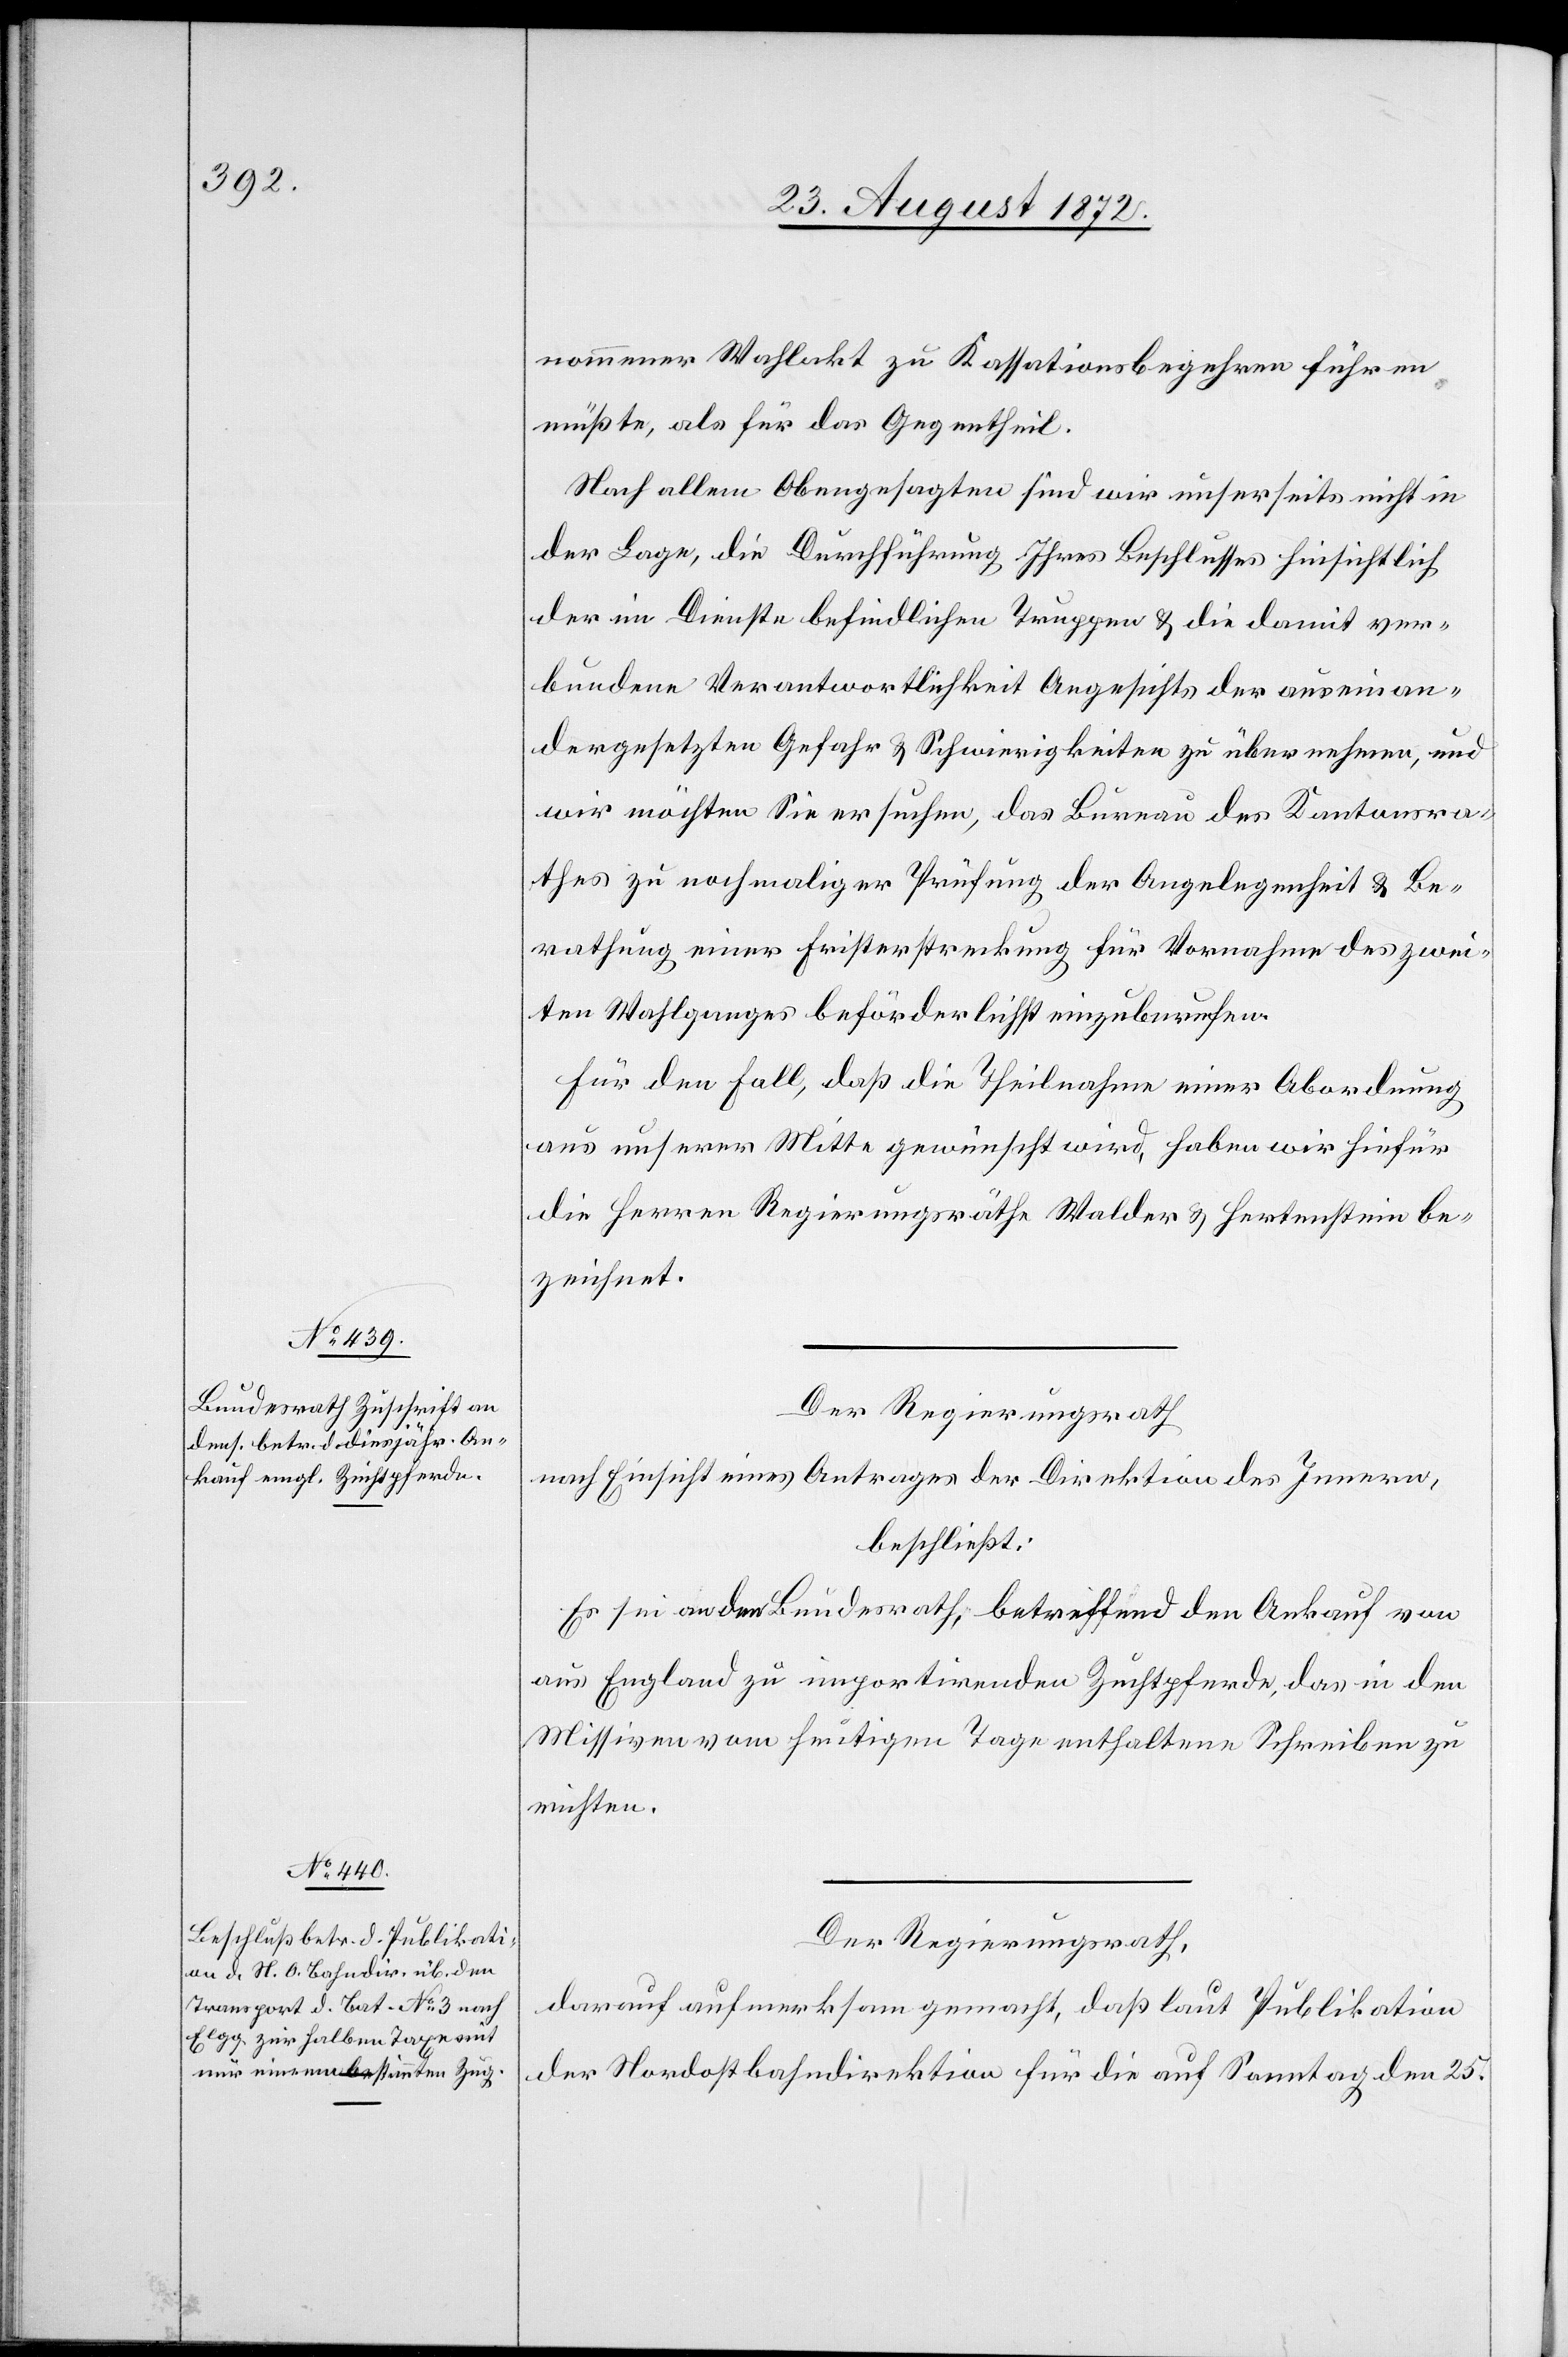
nommener Wahlakt zu Kassationsbegehren führen
müßte, als für das Gegentheil.
Nach allem Obengesagten sind wir unserseits nicht in
der Lage, die Durchführung Ihres Beschlusses hinsichtlich
der im Dienste befindlichen Truppen u. die damit ver¬
bundene Verantwortlichkeit Angesichts der auseinan¬
dergesetzten Gefahr u. Schwierigkeiten zu übernehmen, und
wir möchten Sie ersuchen, das Bureau des Kantonsra¬
thes zu nochmaliger Prüfung der Angelegenheit u. Be¬
rathung einer Fristerstreckung für Vornahme des zwei¬
ten Wahlganges beförderlichst einzuberufen.
Für den Fall, daß die Theilnahme einer Abordnung
aus unserer Mitte gewünscht wird, haben wir hiefür
die Herren Regierungsräthe Walder u. Hertenstein be¬
zeichnet.
Der Regierungsrath
nach Einsicht eines Antrages der Direktion des Innern,
beschließt:
sei an den Bundesrath, betreffend den Ankauf von
aus England zu importirenden Zuchtpferde, das in den
Missiven vom heutigen Tage enthaltene Schreiben zu
richten.
Der Regierungsrath,
darauf aufmerksam gemacht, daß laut Publikation
der Nordostbahndirektion für die auf Sonntag den 25.